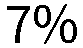
7%